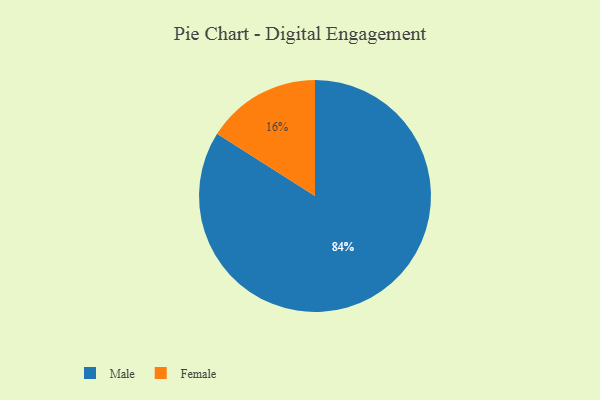
{"axis": {"x": "Category", "y": "Percentage"}, "legend": ["Female", "Male"], "data": [{"x": "Male", "y": 84, "type": "Male"}, {"x": "Female", "y": 16, "type": "Female"}]}